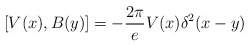
\begin{align*}[V(x),B(y)]=-{2\pi \over e}V(x)\delta^2(x-y)\end{align*}